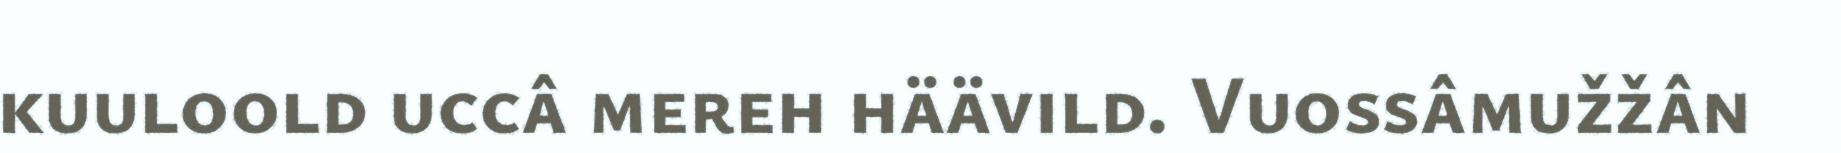
kuuloold uccâ mereh häävild. Vuossâmužžân